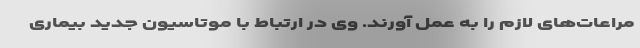
مراعات‌های لازم را به عمل آورند. وی در ارتباط با موتاسیون جدید بیماری